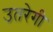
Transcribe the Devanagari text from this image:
उतरेगी